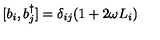
[ b _ { i } , b _ { j } ^ { \dagger } ] = \delta _ { i j } ( 1 + 2 \omega L _ { i } )